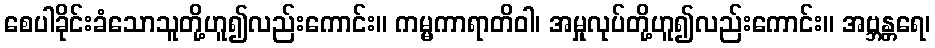
စေပါခိုင်းခံသောသူတို့ဟူ၍လည်းကောင်း။ ကမ္မကာရာတိဝါ၊ အမှုလုပ်တို့ဟူ၍လည်းကောင်း။ အဗ္ဘန္တရေ၊